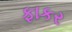
ફાકર